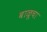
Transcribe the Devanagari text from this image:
बाळूचा